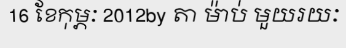
16 ខែកុម្ភៈ 2012by តា ម៉ាប់ មួយរយៈ